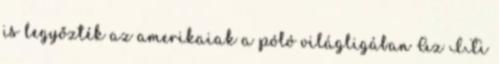
is legyőzték az amerikaiak a póló világligában Az ITi